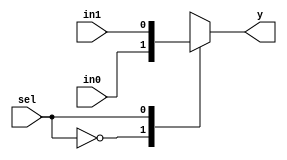
module mux(y,in1,in0,sel);
output reg y;
input in1, in0, sel;
always@(in1,in0,sel)
 case(sel)
 1'b0: y=in0;
 1'b1: y=in1;
 endcase
endmodule